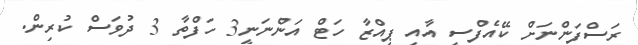
ރަސްފަންނަށް ކޭއެފްސީ އާއި ޕިއްޒާ ހަޓް އަންނަނީ3 ހަފްތާ 3 ދުވަސް ކުރިން.